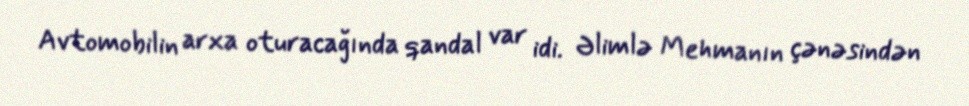
Avtomobilin arxa oturacağında qandal var idi. Əlimlə Mehmanın çənəsindən